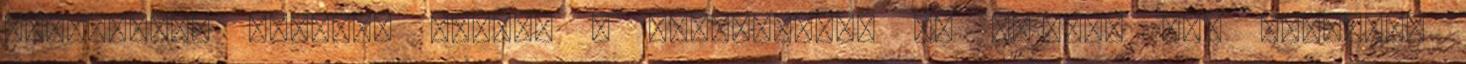
Fuldamobil mellett persze a barokk-BMW, az 501-es, egy hatalmas